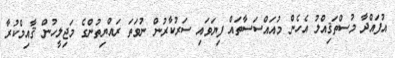
އުފައްދާ މުސްތަޤިއްލު އެހެން މުއައްސަސާތައް ފިޔަވައި ސަރުކާރުން ނުވަތަ ރައްޔިތުންގެ މަޖިލީހުން ޤާއިމްކުރާ